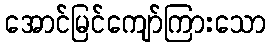
အောင်မြင်ကျော်ကြားသော